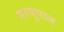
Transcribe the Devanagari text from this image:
नरभुपाल